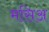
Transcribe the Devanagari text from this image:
मसिअ